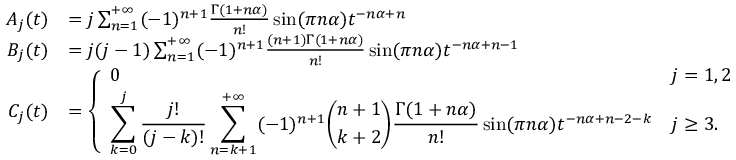
\begin{array} { r l } { A _ { j } ( t ) } & { = j \sum _ { n = 1 } ^ { + \infty } ( - 1 ) ^ { n + 1 } \frac { \Gamma ( 1 + n \alpha ) } { n ! } \sin ( \pi n \alpha ) t ^ { - n \alpha + n } } \\ { B _ { j } ( t ) } & { = j ( j - 1 ) \sum _ { n = 1 } ^ { + \infty } ( - 1 ) ^ { n + 1 } \frac { ( n + 1 ) \Gamma ( 1 + n \alpha ) } { n ! } \sin ( \pi n \alpha ) t ^ { - n \alpha + n - 1 } } \\ { C _ { j } ( t ) } & { = \left\{ \begin{array} { l l } { 0 } & { j = 1 , 2 } \\ { \displaystyle \sum _ { k = 0 } ^ { j } \frac { j ! } { ( j - k ) ! } \sum _ { n = k + 1 } ^ { + \infty } ( - 1 ) ^ { n + 1 } \binom { n + 1 } { k + 2 } \frac { \Gamma ( 1 + n \alpha ) } { n ! } \sin ( \pi n \alpha ) t ^ { - n \alpha + n - 2 - k } } & { j \ge 3 . } \end{array} \right. } \end{array}